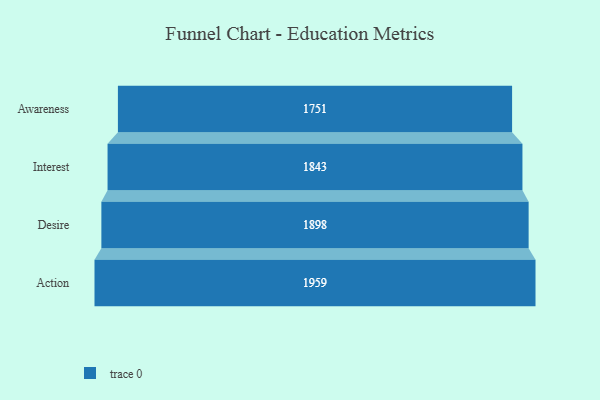
{"axis": {"x": "Stage", "y": "Value"}, "legend": [""], "data": [{"x": "Awareness", "y": 1751.0, "type": ""}, {"x": "Interest", "y": 1843.0, "type": ""}, {"x": "Desire", "y": 1898.0, "type": ""}, {"x": "Action", "y": 1959.0, "type": ""}]}